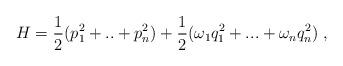
LaTeX: \begin{align*}H=\frac{1}{2}(p_1^2+..+p_n^2)+\frac{1}{2}(\omega_1q_1^2+...+\omega_nq_n^2)\;,\end{align*}